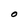
Character: O